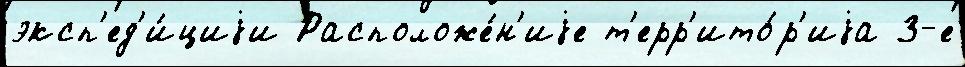
эксп'ед'и́циjи Расположе́н'иjе т'ерр'ито́р'иjа 3-е